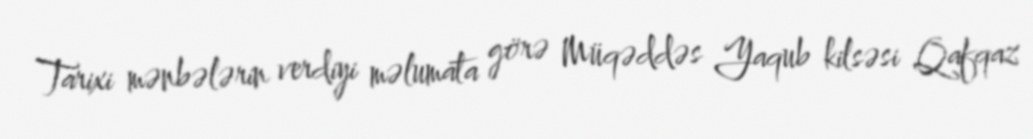
Tarixi mənbələrin verdiyi məlumata görə Müqəddəs Yaqub kilsəsi Qafqaz